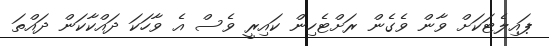
ޕައިލެޓަކަށް ވާން ވެގެން ރަށްޓެހިން ކައިރީ ވެސް އެ ވާހަކަ ދައްކާކަން ދައްތަ